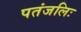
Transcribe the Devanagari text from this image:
पतंजलिः